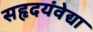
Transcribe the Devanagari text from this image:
सहृदयंवेद्या